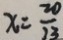
x = \frac { 2 0 } { 2 3 }